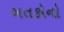
બતકોનો